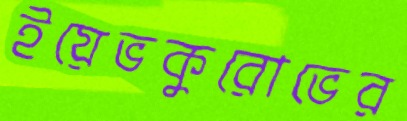
ইয়েভকুরোভের